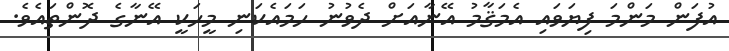
އުފަން މަންމަ ފިޔަވައި އެމަޤާމު އޭނާއަށް ދެވުނު ހަމައެކަނި މީހަކީ އޭނާގެ ދޮންތައެވެ.